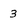
Character: 3